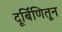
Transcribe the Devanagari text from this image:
दूर्बिणितून